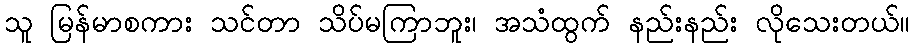
သူ မြန်မာစကား သင်တာ သိပ်မကြာဘူး၊ အသံထွက် နည်းနည်း လိုသေးတယ်။